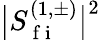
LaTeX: \big\lvert S_{\mathrm{~f~i~}}^{(1,\pm)}\big\rvert^{2}